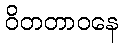
ဝိတတာဝနေ